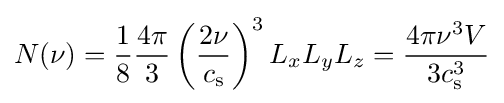
N(\nu )={\frac {1}{8}}{\frac {4\pi }{3}}\left({\frac {2\nu }{c_{\mathrm {s} }}}\right)^{3}L_{x}L_{y}L_{z}={\frac {4\pi \nu ^{3}V}{3c_{\mathrm {s} }^{3}}}